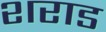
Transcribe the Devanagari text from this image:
शराड